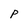
Character: P